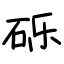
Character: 砾